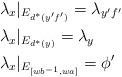
LaTeX: \begin{align*}&\lambda_x|_{E_{d^*(y'f')}}=\lambda_{y'f'} \\&\lambda_x|_{E_{d^*(y)}} = \lambda_y \\&\lambda_x|_{E_{[wb^{-1}, wa]}}= \phi'\end{align*}